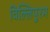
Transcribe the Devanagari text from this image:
विल्लिपुरम